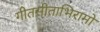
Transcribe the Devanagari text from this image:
गीतसीताभिरामो